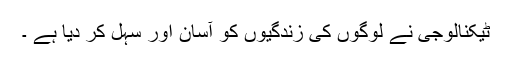
ٹیکنالوجی نے لوگوں کی زندگیوں کو آسان اور سہل کر دیا ہے ۔